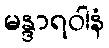
မန္ဒာရဝါနံ